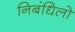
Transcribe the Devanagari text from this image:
निबंधिलो